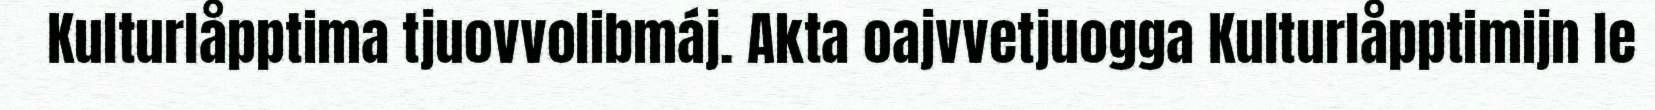
Kulturlåpptima tjuovvolibmáj. Akta oajvvetjuogga Kulturlåpptimijn le